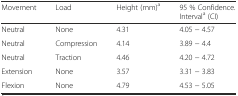
| Movement | Load | Height (mm)a | 95 % Confidence. Intervala (CI) |
 | --- | --- | --- | --- |
 | Neutral | None | 4.31 | 4.05 − 4.57 |
 | Neutral | Compression | 4.14 | 3.89 − 4.4 |
 | Neutral | Traction | 4.46 | 4.20 − 4.72 |
 | Extension | None | 3.57 | 3.31 − 3.83 |
 | Flexion | None | 4.79 | 4.53 − 5.05 |